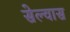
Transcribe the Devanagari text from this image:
सेल्वास